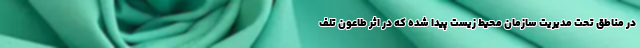
در مناطق تحت مدیریت سازمان محیط زیست پیدا شده که در اثر طاعون تلف